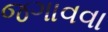
જગાવવા